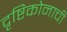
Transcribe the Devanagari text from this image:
दृष्टिकोनाची